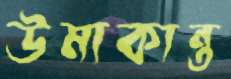
উমাকান্ত